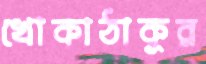
খোকাঠাকুর